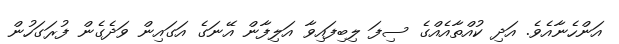
އަންހެނާއެވެ. އަދި ކުއްތާއެއްގެ ސިފަ ލިބިފައިވާ އަލިފާން އޭނަގެ އަގައިން ވަދެގެން ފުރަގަހުން